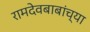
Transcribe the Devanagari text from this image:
रामदेवबाबांच्या